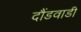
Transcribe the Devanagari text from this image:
दौंडवाडी